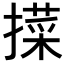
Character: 𢵛